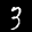
Label: 3